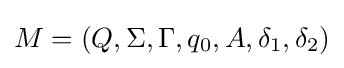
M=(Q,\Sigma ,\Gamma ,q_{0},A,\delta _{1},\delta _{2})